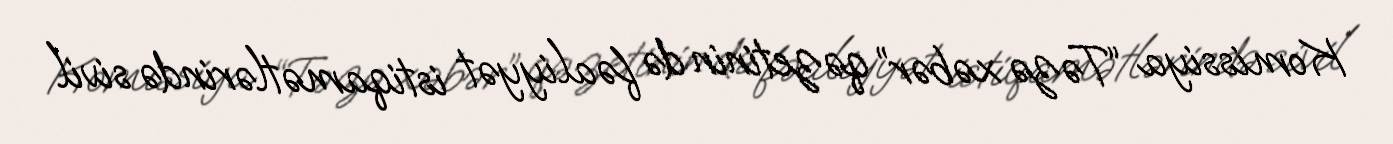
Komissiya “Təzə xəbər” qəzetinin də fəaliyyət istiqamətlərində sivil